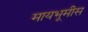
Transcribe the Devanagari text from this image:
मायभूमीस